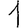
Digit: 1